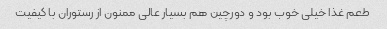
طعم غذا خیلی خوب بود و دورچین هم بسیار عالی ممنون از رستوران با کیفیت